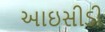
આઇસીડી